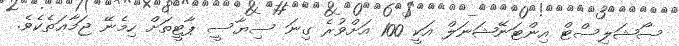
ސޯޝަލިސްޓް އިންޓަނޭޝަނަލް އަކީ 100 އަށްވުރެ ގިނަ ސިޔާސީ ޕާޓީތަށް ހިމެނޭ ޖަމާޢަތެކެވެ.